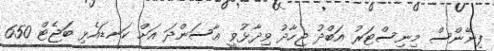
ފިނޭންސް މިނިސްޓަރު އަބްދު ޖިހާދު ވިދާޅުވީ އާސަންދަ އަށް ކަނޑައެޅި ބަޖެޓް 650